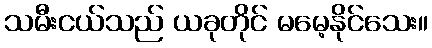
သမီးငယ်သည် ယခုတိုင် မမေ့နိုင်သေး။